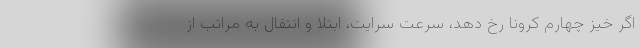
اگر خیز چهارم کرونا رخ دهد، سرعت سرایت، ابتلا و انتقال به مراتب از